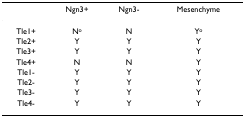
<table><thead><tr><td></td><td><b>Ngn3+</b></td><td><b>Ngn3-</b></td><td><b>Mesenchyme</b></td></tr></thead><tbody><tr><td>Tle1+</td><td>N<sup>o</sup></td><td>N</td><td>Y<sup>o</sup></td></tr><tr><td>Tle2+</td><td>Y</td><td>Y</td><td>Y</td></tr><tr><td>Tle3+</td><td>Y</td><td>Y</td><td>Y</td></tr><tr><td>Tle4+</td><td>N</td><td>N</td><td>Y</td></tr><tr><td>Tle1-</td><td>Y</td><td>Y</td><td>Y</td></tr><tr><td>Tle2-</td><td>Y</td><td>Y</td><td>Y</td></tr><tr><td>Tle3-</td><td>Y</td><td>Y</td><td>Y</td></tr><tr><td>Tle4-</td><td>Y</td><td>Y</td><td>Y</td></tr></tbody></table>